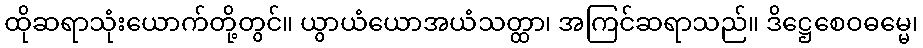
ထိုဆရာသုံးယောက်တို့တွင်။ ယွာယံယောအယံသတ္ထာ၊ အကြင်ဆရာသည်။ ဒိဋ္ဌေစေဝဓမ္မေ၊